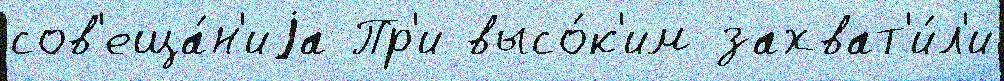
сов'еща́н'иjа Пр'и высо́к'им захват'и́л'и